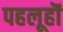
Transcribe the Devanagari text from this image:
पहलूहॊं